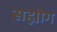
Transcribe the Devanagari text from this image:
सह्योग